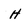
Character: H